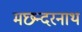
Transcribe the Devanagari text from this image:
मछन्दरनाथ